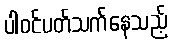
ပါဝင်ပတ်သက်နေသည့်